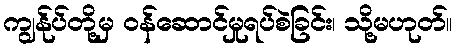
ကျွန်ုပ်တို့မှ ဝန်ဆောင်မှုရပ်စဲခြင်း၊ သို့မဟုတ်။